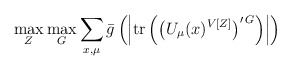
\begin{align*}\max_{Z} \max_{G} \sum_{x,\mu } \bar{g} \left( \left| \mbox{tr} \left( \left( U_{\mu } (x)^{V[Z]} \right)^{\prime \, G} \right) \right| \right)\end{align*}